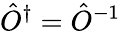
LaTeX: \hat{O}^{\dagger}=\hat{O}^{-1}